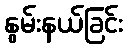
နွမ်းနယ်ခြင်း